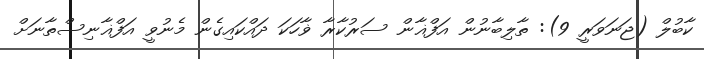
ކާބުލް (ޖަނަވަރީ 9): ތާލިބާނުން އަފްޣާން ސަރުކާރާ ޥާހަކަ ދައްކައިގެން މެނުވީ އަފްޣާނިސްތާނަށް